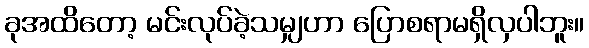
ခုအထိတော့ မင်းလုပ်ခဲ့သမျှဟာ ပြောစရာမရှိလှပါဘူး။